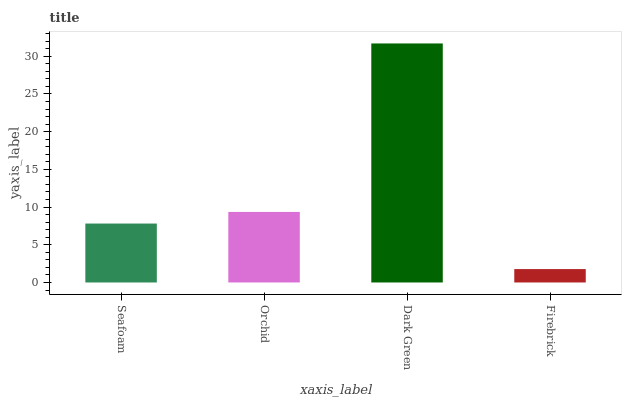
| xaxis_label | bars |
 | --- | --- |
 | Seafoam | 7.82 |
 | Orchid | 9.36 |
 | Dark Green | 31.7 |
 | Firebrick | 1.78 |